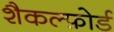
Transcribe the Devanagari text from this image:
शैकल्फ़ोर्ड